Report of an investigation into the causes of the diseases known in Assam as Kála-Azár and Beri-Beri
Disease focus: Beri-Beri
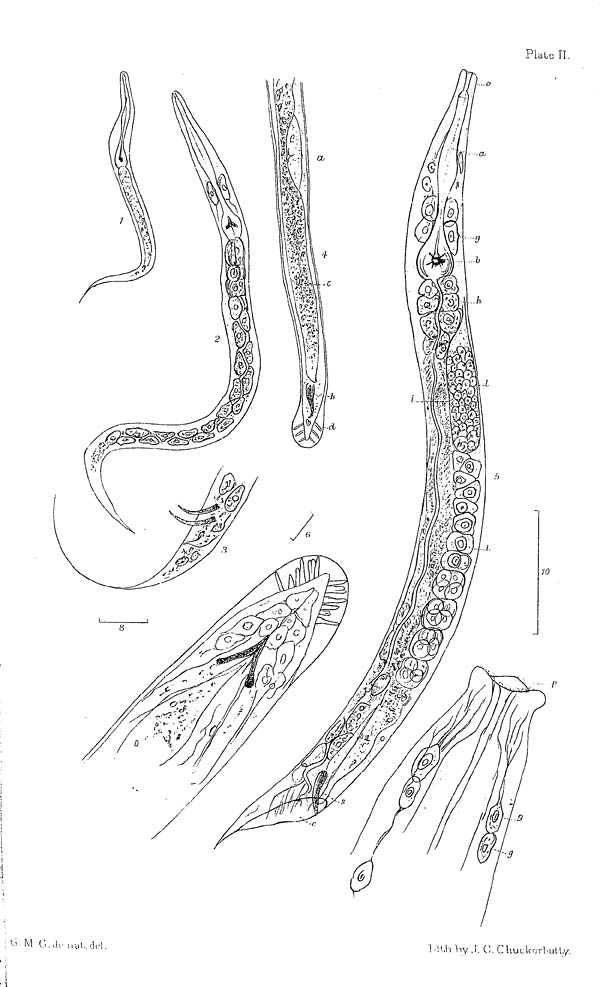
Ρ laic II.
υ M '·' Ί<· noi. del.
Ί,-U-rhy.l C CUuLUrM-l-uUy.